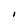
Character: I